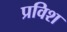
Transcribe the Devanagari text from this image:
प्रविश